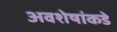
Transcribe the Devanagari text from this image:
अवशेषांकडे